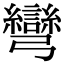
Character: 彎